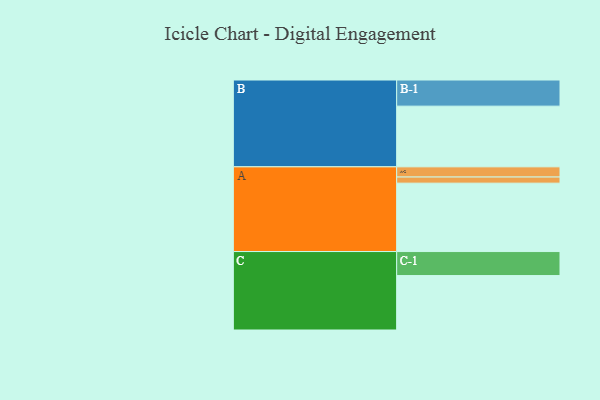
{"axis": {"x": "Segment", "y": "Value"}, "legend": ["", "A", "B", "C"], "data": [{"x": "A", "y": 578, "type": ""}, {"x": "B", "y": 513, "type": ""}, {"x": "C", "y": 460, "type": ""}, {"x": "A-1", "y": 52, "type": "A"}, {"x": "A-2", "y": 86, "type": "A"}, {"x": "B-1", "y": 221, "type": "B"}, {"x": "C-1", "y": 203, "type": "C"}]}